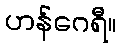
ဟန်ဂေရီ။